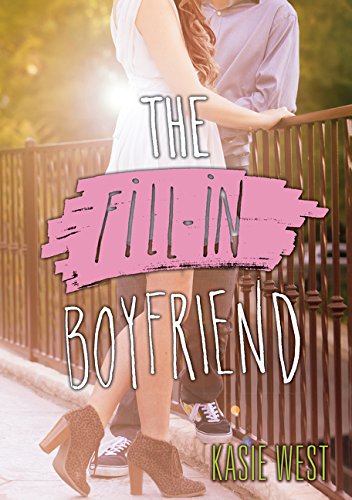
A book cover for The Fill-In Boyfriend; Kasie West; Teen & Young Adult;